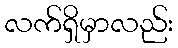
လက်ရှိမှာလည်း